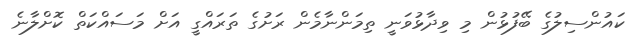
ކައުންސިލުގެ ބޭފުޅުން މި ވިދާޅުވަނީ ތިމަންނާމެން ރަށުގެ ތަރައްގީ އަށް މަސައްކަތް ކޮށްލާނެ